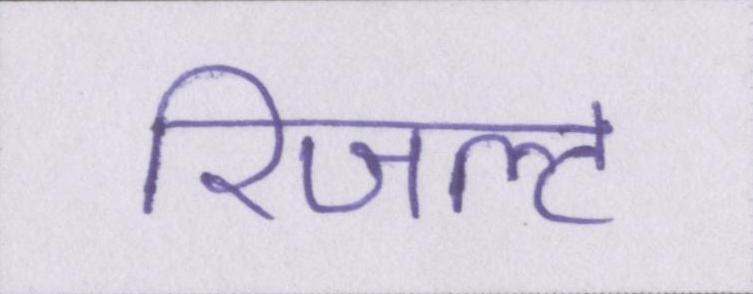
रिजल्ट